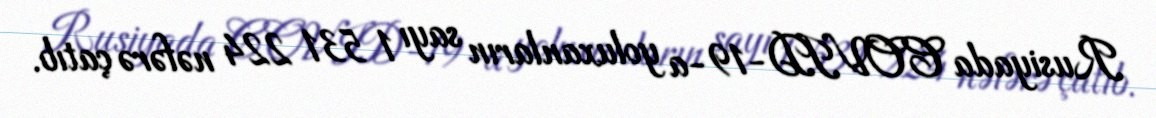
Rusiyada COVID-19-a yoluxanların sayı 1 531 224 nəfərə çatıb.